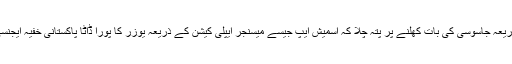
اسمارٹ فونس اور ایپلی کیشنس کے ذریعہ جاسوسی کی بات کھلنے پر پتہ چلا کہ اسمیش ایپ جیسے میسنجر ایپلی کیشن کے ذریعہ یوزر کا پورا ڈاٹا پاکستانی خفیہ ایجنسی آئی ایس آئی کو مہیا کرایا جارہا تھا۔